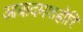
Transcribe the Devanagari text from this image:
आबादमशहोरि